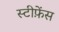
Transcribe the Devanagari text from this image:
स्टीफ़ेंस